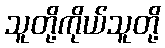
သူတို့ကိုယ်သူတို့